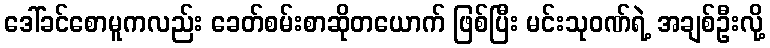
ဒေါ်ခင်စောမူကလည်း ခေတ်စမ်းစာဆိုတယောက် ဖြစ်ပြီး မင်းသုဝဏ်ရဲ့ အချစ်ဦးလို့